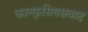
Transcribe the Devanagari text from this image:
कान्फुसियसवाद